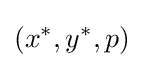
(x^{*},y^{*},p)